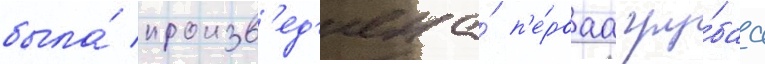
была́ произв'ед'ена́ п'е́рваа гру́баа